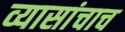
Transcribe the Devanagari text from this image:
व्यासांचाच